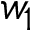
w _ { 1 }